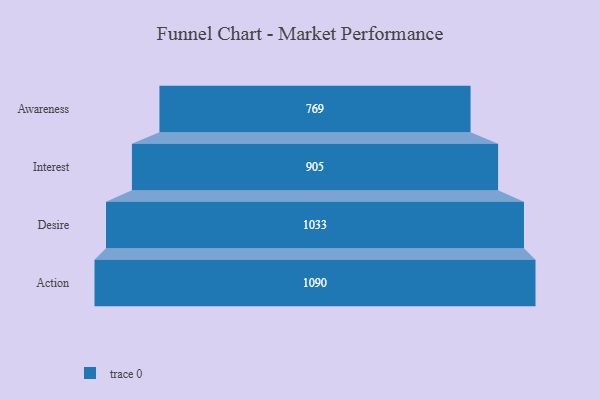
{"axis": {"x": "Stage", "y": "Value"}, "legend": [""], "data": [{"x": "Awareness", "y": 769.0, "type": ""}, {"x": "Interest", "y": 905.0, "type": ""}, {"x": "Desire", "y": 1033.0, "type": ""}, {"x": "Action", "y": 1090.0, "type": ""}]}